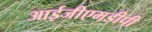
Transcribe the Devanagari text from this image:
आईजीएमडीपी